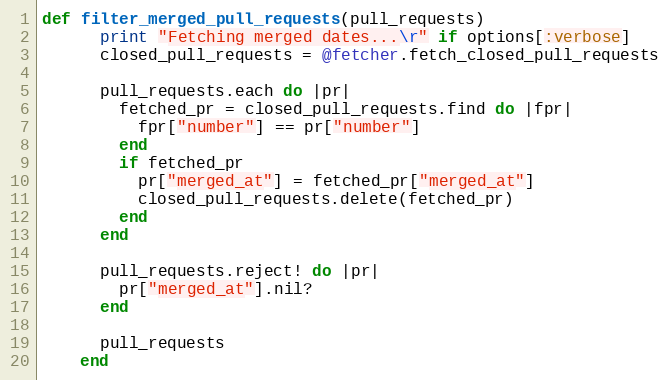
Language: Ruby
def filter_merged_pull_requests(pull_requests)
      print "Fetching merged dates...\r" if options[:verbose]
      closed_pull_requests = @fetcher.fetch_closed_pull_requests

      pull_requests.each do |pr|
        fetched_pr = closed_pull_requests.find do |fpr|
          fpr["number"] == pr["number"]
        end
        if fetched_pr
          pr["merged_at"] = fetched_pr["merged_at"]
          closed_pull_requests.delete(fetched_pr)
        end
      end

      pull_requests.reject! do |pr|
        pr["merged_at"].nil?
      end

      pull_requests
    end